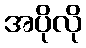
အပိုလို